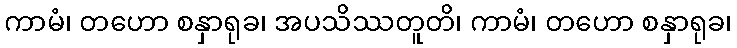
ကာမံ၊ တဟော စနှာရုခ၊ အပသိဿတူတိ၊ ကာမံ၊ တဟော စနှာရုခ၊